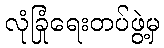
လုံခြုံရေးတပ်ဖွဲ့မှ